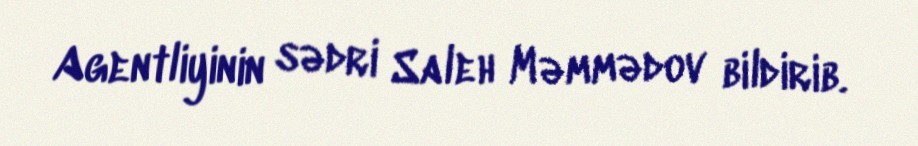
Agentliyinin sədri Saleh Məmmədov bildirib.